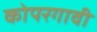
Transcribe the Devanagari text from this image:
कोपरगावी